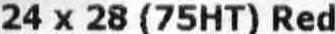
24 X 28 (75HT) RED